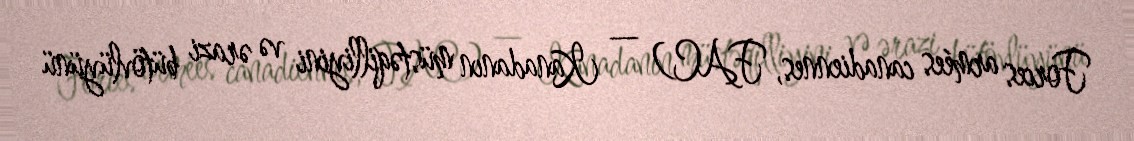
Forces armées canadiennes, FAC) — Kanadanın müstəqilliyini və ərazi bütövlüyünü